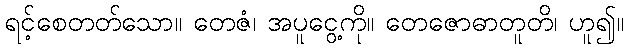
ရင့်စေတတ်သော။ တေဇံ၊ အပူငွေ့ကို။ တေဇောဓာတူတိ၊ ဟူ၍။